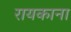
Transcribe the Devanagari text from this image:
रायकाना